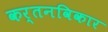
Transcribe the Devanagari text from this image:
कर्तनविकार